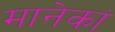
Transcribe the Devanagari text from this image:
मानेकां